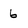
Character: 6